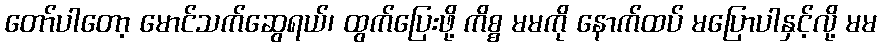
တော်ပါတော့ မောင်သက်ဆွေရယ်၊ ထွက်ပြေးဖို့ ကိစ္စ မမကို နောက်ထပ် မပြောပါနှင့်လို့ မမ